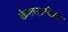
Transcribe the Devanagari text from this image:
केफ्लाविक